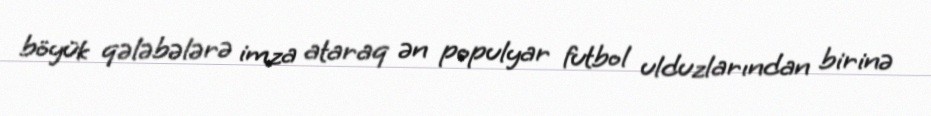
böyük qələbələrə imza ataraq ən populyar futbol ulduzlarından birinə